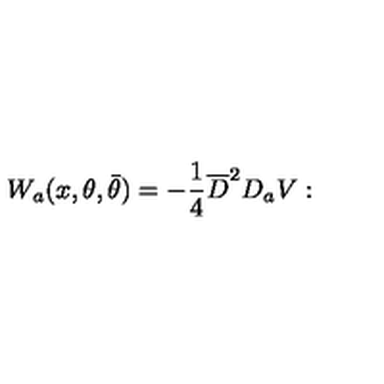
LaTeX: W _ { a } ( x , \theta , \bar { \theta } ) = - \frac { 1 } { 4 } \overline { { D } } ^ { 2 } D _ { a } V :